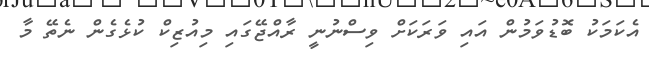
އެކަމަކު ބޮޑުވަމުން އައި ވަރަކަށް ވިސްނުނީ ރާއްޖޭގައި މިއުޒިކް ކުޅެގެން ނެތޭ މާ